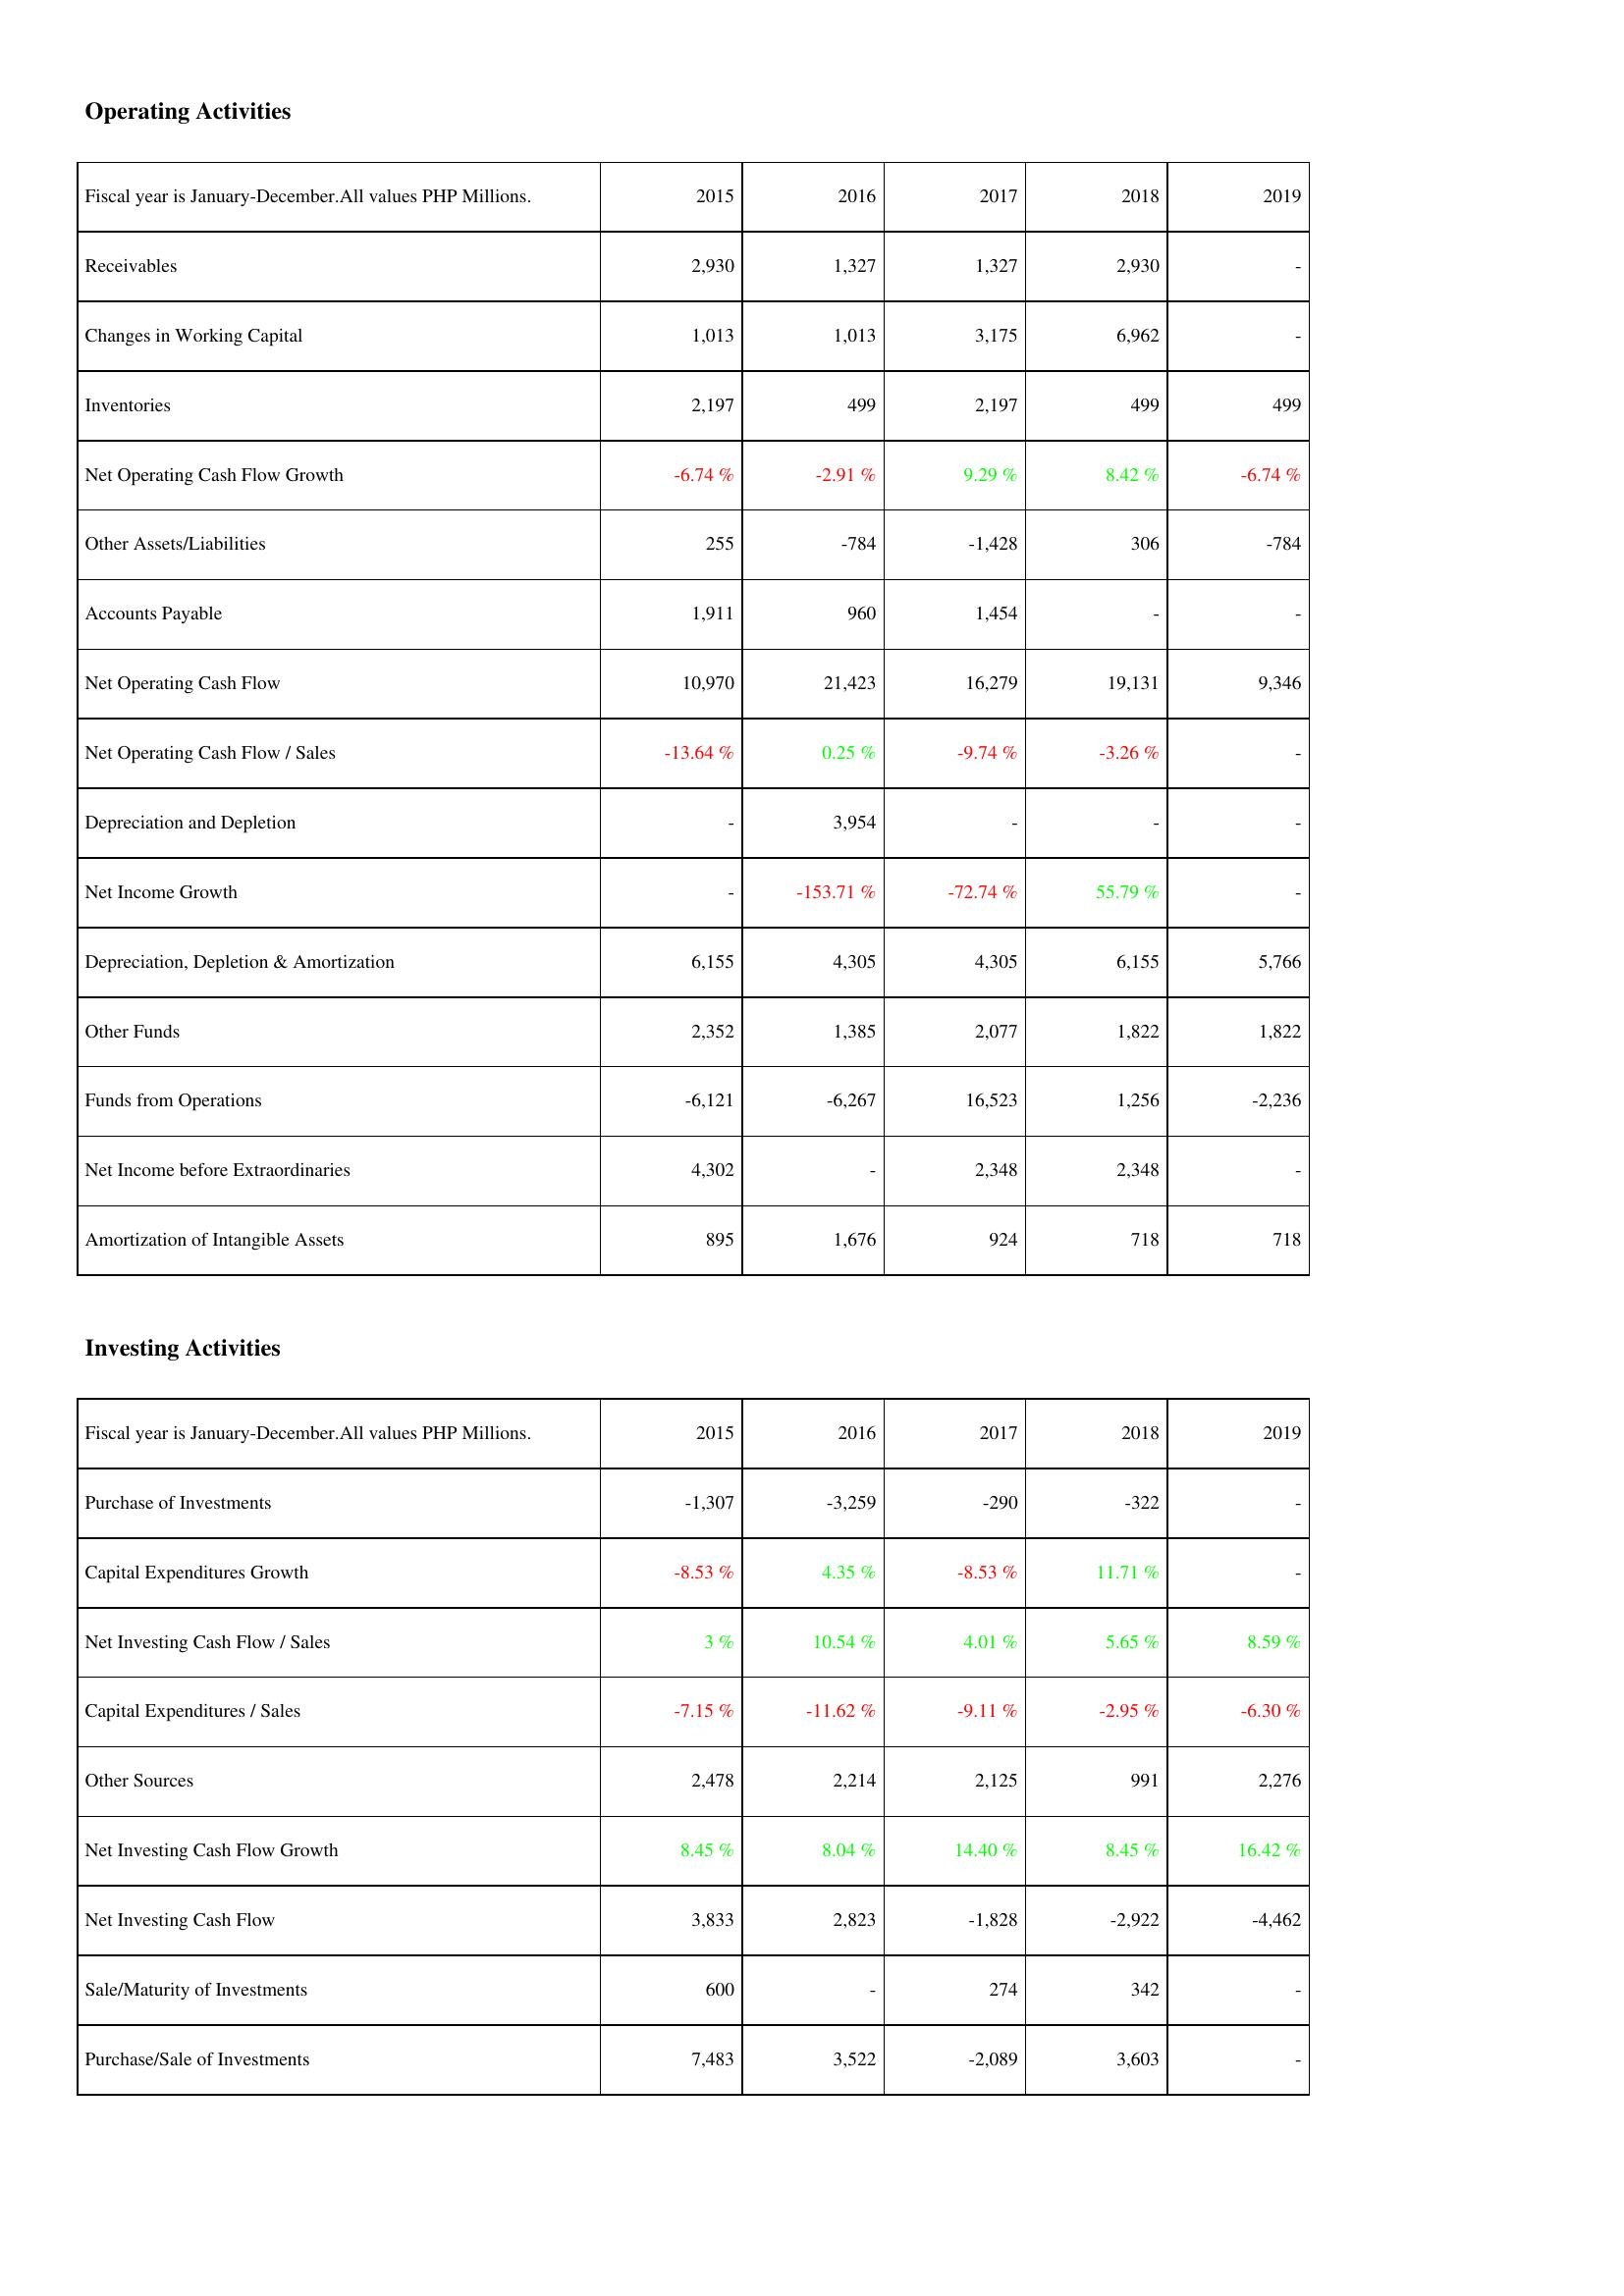
2015: Operating Activities: Receivables: 2,930
Changes in Working Capital: 1,013
Inventories: 2,197
Net Operating Cash Flow Growth: -6.74 %
Other Assets/Liabilities: 255
Accounts Payable: 1,911
Net Operating Cash Flow: 10,970
Net Operating Cash Flow / Sales: -13.64 %
Depreciation and Depletion: -
Net Income Growth: -
Depreciation, Depletion & Amortization: 6,155
Other Funds: 2,352
Funds from Operations: -6,121
Net Income before Extraordinaries: 4,302
Amortization of Intangible Assets: 895
Investing Activities: Purchase of Investments: -1,307
Capital Expenditures Growth: -8.53 %
Net Investing Cash Flow / Sales: 3 %
Capital Expenditures / Sales: -7.15 %
Other Sources: 2,478
Net Investing Cash Flow Growth: 8.45 %
Net Investing Cash Flow: 3,833
Sale/Maturity of Investments: 600
Purchase/Sale of Investments: 7,483
2016: Operating Activities: Receivables: 1,327
Changes in Working Capital: 1,013
Inventories: 499
Net Operating Cash Flow Growth: -2.91 %
Other Assets/Liabilities: -784
Accounts Payable: 960
Net Operating Cash Flow: 21,423
Net Operating Cash Flow / Sales: 0.25 %
Depreciation and Depletion: 3,954
Net Income Growth: -153.71 %
Depreciation, Depletion & Amortization: 4,305
Other Funds: 1,385
Funds from Operations: -6,267
Net Income before Extraordinaries: -
Amortization of Intangible Assets: 1,676
Investing Activities: Purchase of Investments: -3,259
Capital Expenditures Growth: 4.35 %
Net Investing Cash Flow / Sales: 10.54 %
Capital Expenditures / Sales: -11.62 %
Other Sources: 2,214
Net Investing Cash Flow Growth: 8.04 %
Net Investing Cash Flow: 2,823
Sale/Maturity of Investments: -
Purchase/Sale of Investments: 3,522
2017: Operating Activities: Receivables: 1,327
Changes in Working Capital: 3,175
Inventories: 2,197
Net Operating Cash Flow Growth: 9.29 %
Other Assets/Liabilities: -1,428
Accounts Payable: 1,454
Net Operating Cash Flow: 16,279
Net Operating Cash Flow / Sales: -9.74 %
Depreciation and Depletion: -
Net Income Growth: -72.74 %
Depreciation, Depletion & Amortization: 4,305
Other Funds: 2,077
Funds from Operations: 16,523
Net Income before Extraordinaries: 2,348
Amortization of Intangible Assets: 924
Investing Activities: Purchase of Investments: -290
Capital Expenditures Growth: -8.53 %
Net Investing Cash Flow / Sales: 4.01 %
Capital Expenditures / Sales: -9.11 %
Other Sources: 2,125
Net Investing Cash Flow Growth: 14.40 %
Net Investing Cash Flow: -1,828
Sale/Maturity of Investments: 274
Purchase/Sale of Investments: -2,089
2018: Operating Activities: Receivables: 2,930
Changes in Working Capital: 6,962
Inventories: 499
Net Operating Cash Flow Growth: 8.42 %
Other Assets/Liabilities: 306
Accounts Payable: -
Net Operating Cash Flow: 19,131
Net Operating Cash Flow / Sales: -3.26 %
Depreciation and Depletion: -
Net Income Growth: 55.79 %
Depreciation, Depletion & Amortization: 6,155
Other Funds: 1,822
Funds from Operations: 1,256
Net Income before Extraordinaries: 2,348
Amortization of Intangible Assets: 718
Investing Activities: Purchase of Investments: -322
Capital Expenditures Growth: 11.71 %
Net Investing Cash Flow / Sales: 5.65 %
Capital Expenditures / Sales: -2.95 %
Other Sources: 991
Net Investing Cash Flow Growth: 8.45 %
Net Investing Cash Flow: -2,922
Sale/Maturity of Investments: 342
Purchase/Sale of Investments: 3,603
2019: Operating Activities: Receivables: -
Changes in Working Capital: -
Inventories: 499
Net Operating Cash Flow Growth: -6.74 %
Other Assets/Liabilities: -784
Accounts Payable: -
Net Operating Cash Flow: 9,346
Net Operating Cash Flow / Sales: -
Depreciation and Depletion: -
Net Income Growth: -
Depreciation, Depletion & Amortization: 5,766
Other Funds: 1,822
Funds from Operations: -2,236
Net Income before Extraordinaries: -
Amortization of Intangible Assets: 718
Investing Activities: Purchase of Investments: -
Capital Expenditures Growth: -
Net Investing Cash Flow / Sales: 8.59 %
Capital Expenditures / Sales: -6.30 %
Other Sources: 2,276
Net Investing Cash Flow Growth: 16.42 %
Net Investing Cash Flow: -4,462
Sale/Maturity of Investments: -
Purchase/Sale of Investments: -